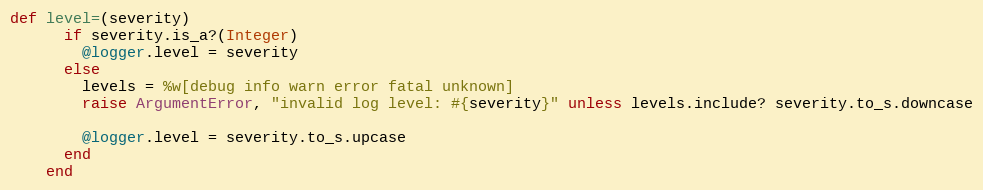
Language: Ruby
def level=(severity)
      if severity.is_a?(Integer)
        @logger.level = severity
      else
        levels = %w[debug info warn error fatal unknown]
        raise ArgumentError, "invalid log level: #{severity}" unless levels.include? severity.to_s.downcase

        @logger.level = severity.to_s.upcase
      end
    end